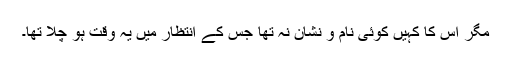
مگر اس کا کہیں کوئی نام و نشان نہ تھا جس کے انتظار میں یہ وقت ہو چلا تھا۔